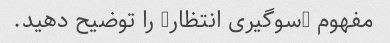
مفهوم "سوگیری انتظار" را توضیح دهید.